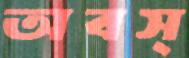
অবস্